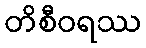
တိစီဝရဿ